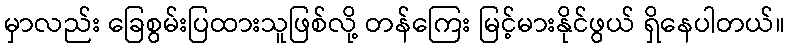
မှာလည်း ခြေစွမ်းပြထားသူဖြစ်လို့ တန်ကြေး မြင့်မားနိုင်ဖွယ် ရှိနေပါတယ်။